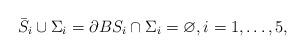
LaTeX: \begin{align*}\bar{S}_{i}\cup\Sigma_{i}=\partial BS_{i}\cap\Sigma_{i}=\varnothing,i=1,\ldots,5,\end{align*}